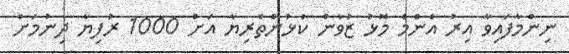
ނިންމާފައިވާ އިރު އެންމެ މޮޅު ޒުވާން ކުޅުންތެރިޔާ އަށް 1000 ރުފިޔާ ދިނުމަށް